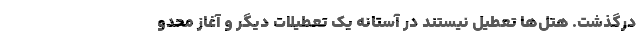
درگذشت. هتل‌ها تعطیل نیستند در آستانه یک تعطیلات دیگر و آغاز محدو